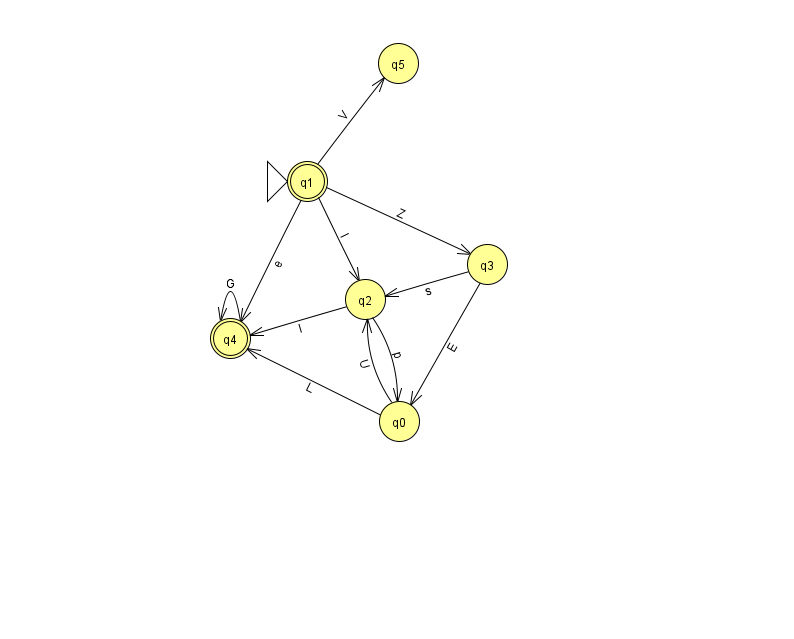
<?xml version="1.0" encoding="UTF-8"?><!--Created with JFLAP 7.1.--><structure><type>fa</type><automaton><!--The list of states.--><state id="0" name="q0"><x>399.0</x><y>408.0</y></state><state id="1" name="q1"><x>307.0</x><y>168.0</y><initial/><final/></state><state id="2" name="q2"><x>365.0</x><y>286.0</y></state><state id="3" name="q3"><x>487.0</x><y>251.0</y></state><state id="4" name="q4"><x>230.0</x><y>325.0</y><final/></state><state id="5" name="q5"><x>398.0</x><y>50.0</y></state><!--The list of transitions.--><transition><from>0</from><to>2</to><read>U</read></transition><transition><from>3</from><to>0</to><read>E</read></transition><transition><from>3</from><to>2</to><read>s</read></transition><transition><from>1</from><to>4</to><read>e</read></transition><transition><from>2</from><to>0</to><read>p</read></transition><transition><from>1</from><to>5</to><read>V</read></transition><transition><from>4</from><to>4</to><read>G</read></transition><transition><from>1</from><to>3</to><read>Z</read></transition><transition><from>0</from><to>4</to><read>L</read></transition><transition><from>1</from><to>2</to><read>I</read></transition><transition><from>2</from><to>4</to><read>l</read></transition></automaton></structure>